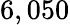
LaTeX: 6,050